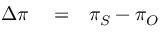
\begin{array} { r l r } { \Delta \pi } & { { } = } & { \pi _ { S } - \pi _ { O } } \end{array}